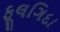
ફૂલગિદા